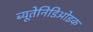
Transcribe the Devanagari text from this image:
ब्यूतेनिडिओइक